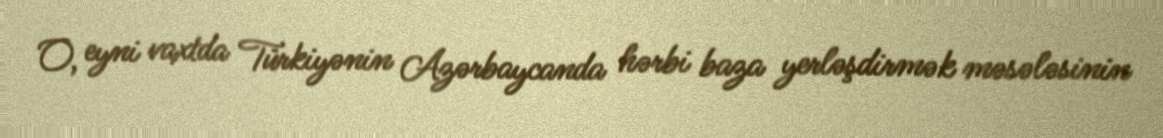
O, eyni vaxtda Türkiyənin Azərbaycanda hərbi baza yerləşdirmək məsələsinin